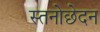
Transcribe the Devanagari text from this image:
स्तनोछेदन